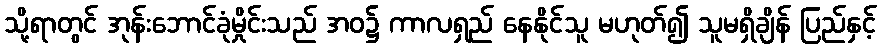
သို့ရာတွင် အုန်းဘောင်ခုံမှိုင်းသည် အဝ၌ ကာလရှည် နေနိုင်သူ မဟုတ်၍ သူမရှိချိန် ပြည်နှင့်